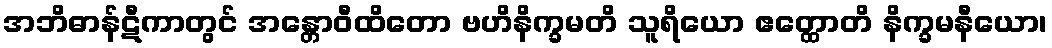
အဘိဓာန်ဋီကာတွင် အန္တောဝီထိတော ဗဟိနိက္ခမတိ သူရိယော ဧတ္ထောတိ နိက္ခမနီယော၊